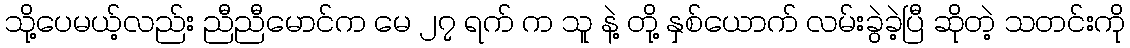
သို့ပေမယ့်လည်း ညီညီမောင်က မေ ၂၇ ရက် က သူ နဲ့ တို့ နှစ်ယောက် လမ်းခွဲခဲ့ပြီ ဆိုတဲ့ သတင်းကို